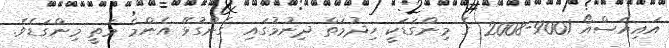
އައިއެސްއޯ 9001-2008 ގެ މިންގަޑަކީ ހިދުމަތް ދިނުމުގައި ގެންގުޅޭ އެންމެ މަތީ މިންގަޑެވެ.